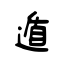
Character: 遁